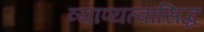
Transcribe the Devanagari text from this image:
व्याप्यत्वासिद्ध